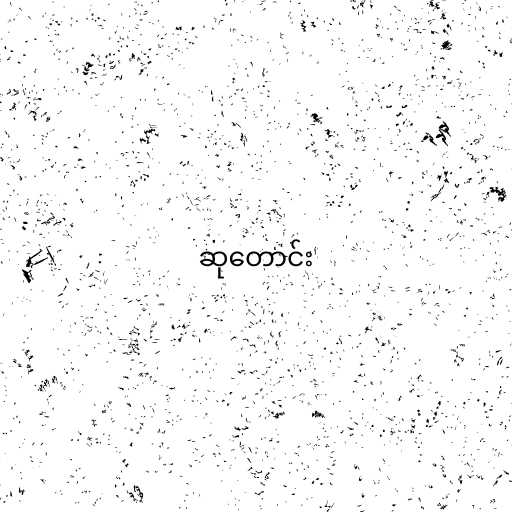
ဆုတောင်း